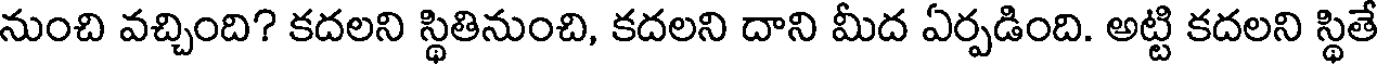
నుంచి వచ్చింది? కదలని స్థితినుంచి, కదలని దాని మీద ఏర్పడింది. అట్టి కదలని స్థితే